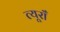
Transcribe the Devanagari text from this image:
त्यूराँ